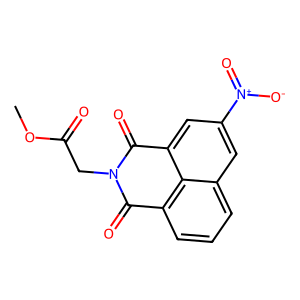
SMILES: COC(=O)CN1C(=O)c2cccc3cc([N+](=O)[O-])cc(c23)C1=O
Inhibits HIV replication: No